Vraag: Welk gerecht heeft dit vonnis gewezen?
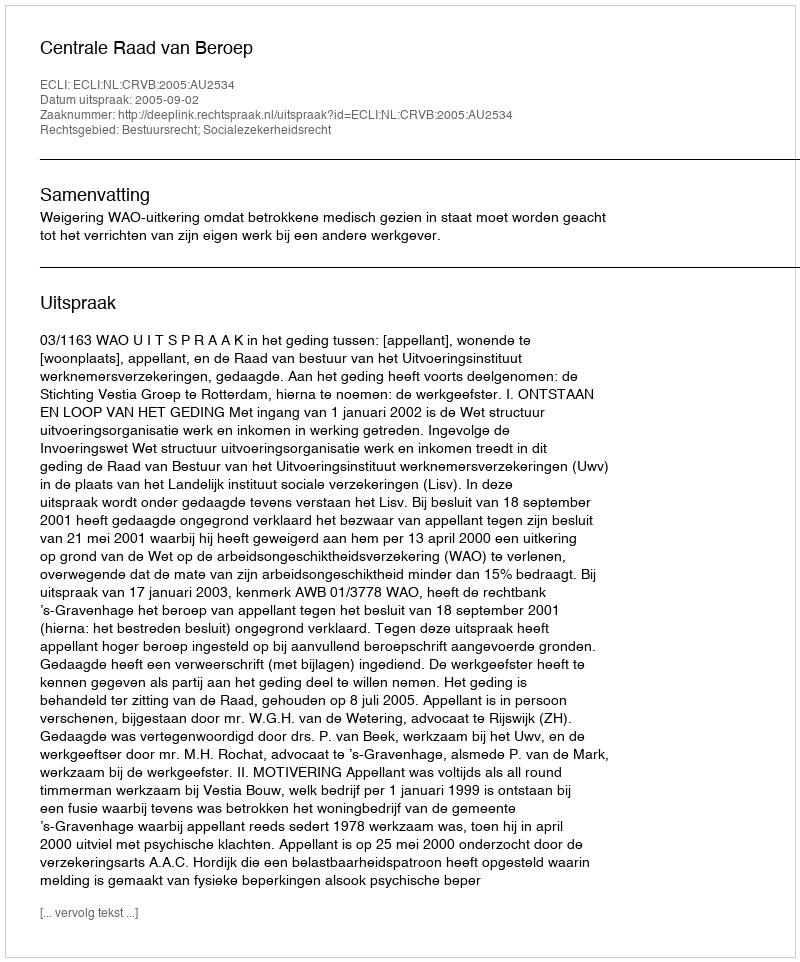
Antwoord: Centrale Raad van Beroep